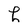
Character: l